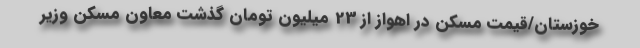
خوزستان/قیمت مسکن در اهواز از 23 میلیون تومان گذشت معاون مسکن وزیر